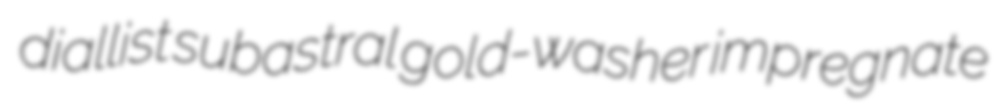
diallist subastral gold-washer impregnate